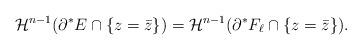
LaTeX: \begin{align*}\mathcal{H}^{n-1} ( \partial^{*} E \cap \{ z = \bar{z} \}) = \mathcal{H}^{n-1} ( \partial^{*} F_{\ell} \cap \{ z = \bar{z} \}).\end{align*}